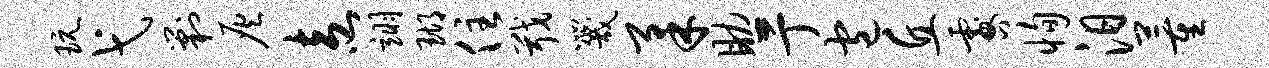
玩弋剿灰盍翊瑚住戢咒柔助亍包丘咎恂汨董